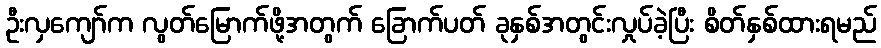
ဦးလှကျော်က လွတ်မြောက်ဖို့အတွက် ခြောက်ပတ် ခုနှစ်အတွင်းလှုပ်ခဲ့ပြီး စိတ်နှစ်ထားရမည်